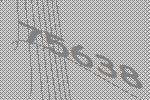
75638